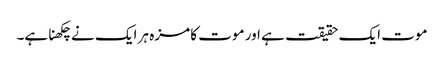
موت ایک حقیقت ہے اور موت کا مزہ ہر ایک نے چکھنا ہے۔